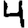
Digit: 4